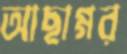
আছাগ্গর